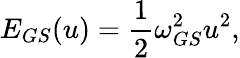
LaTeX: E_{GS}(u)=\frac{1}{2}\omega_{GS}^{2}u^{2},